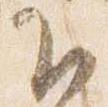
臣